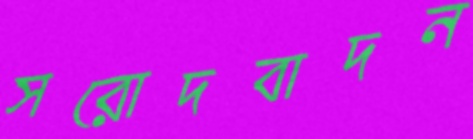
সরোদবাদন